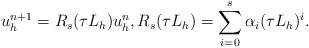
LaTeX: \begin{align*}u_h^{n+1} = R_s(\tau L_h ) u_h^n,R_s(\tau L_h) = \sum_{i = 0}^s\alpha_i (\tau L_h)^i.\end{align*}